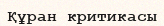
Құран критикасы